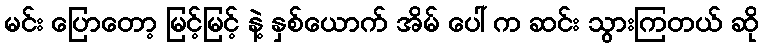
မင်း ပြောတော့ မြင့်မြင့် နဲ့ နှစ်ယောက် အိမ် ပေါ် က ဆင်း သွားကြတယ် ဆို